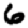
Digit: 6